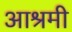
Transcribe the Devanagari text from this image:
आश्रमी